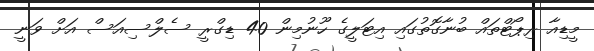
މީޑިއާ ރިޕޯޓްތައް ބުނާގޮތުގައި އިޓަލީގެ ހޫނުމިން 40 ޑިގްރީ ސެލްސިއަސް އަށް ވަނީ